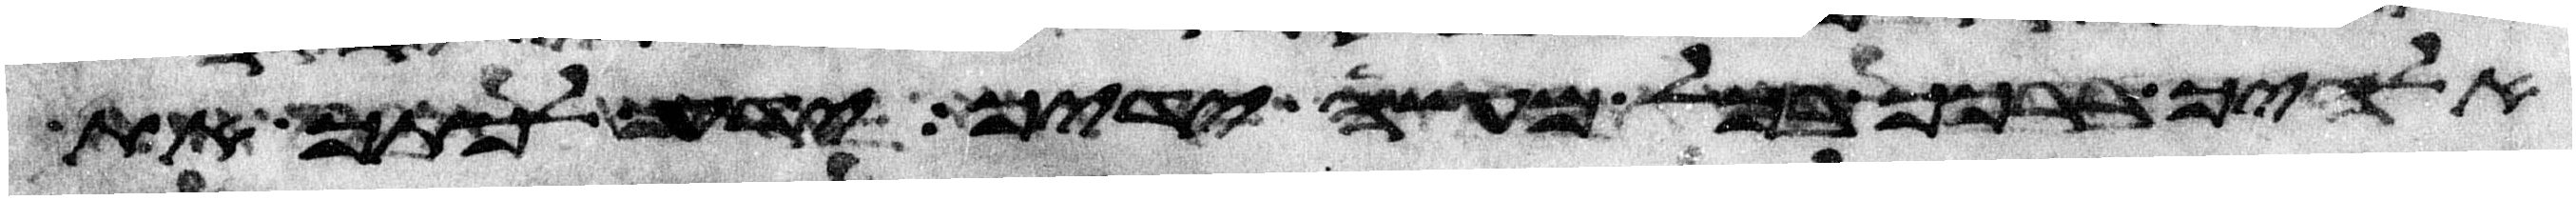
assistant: אלהיך ברכך בכל מעשה ידיך ידע לכתך את